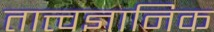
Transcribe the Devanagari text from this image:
तात्त्वज्ञानिक